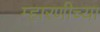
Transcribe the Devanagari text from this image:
म्हारणीच्या